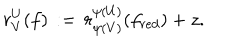
r _ { V } ^ { U } ( f ) \, : = \, r _ { \psi ( V ) } ^ { \psi ( U ) } ( f _ { r e d } ) + z .